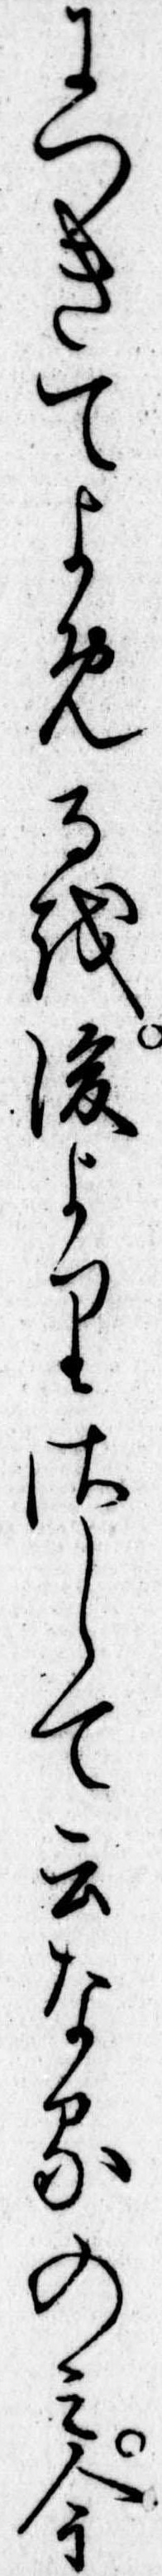
につきてよめるを後よりさして云なるのみ今